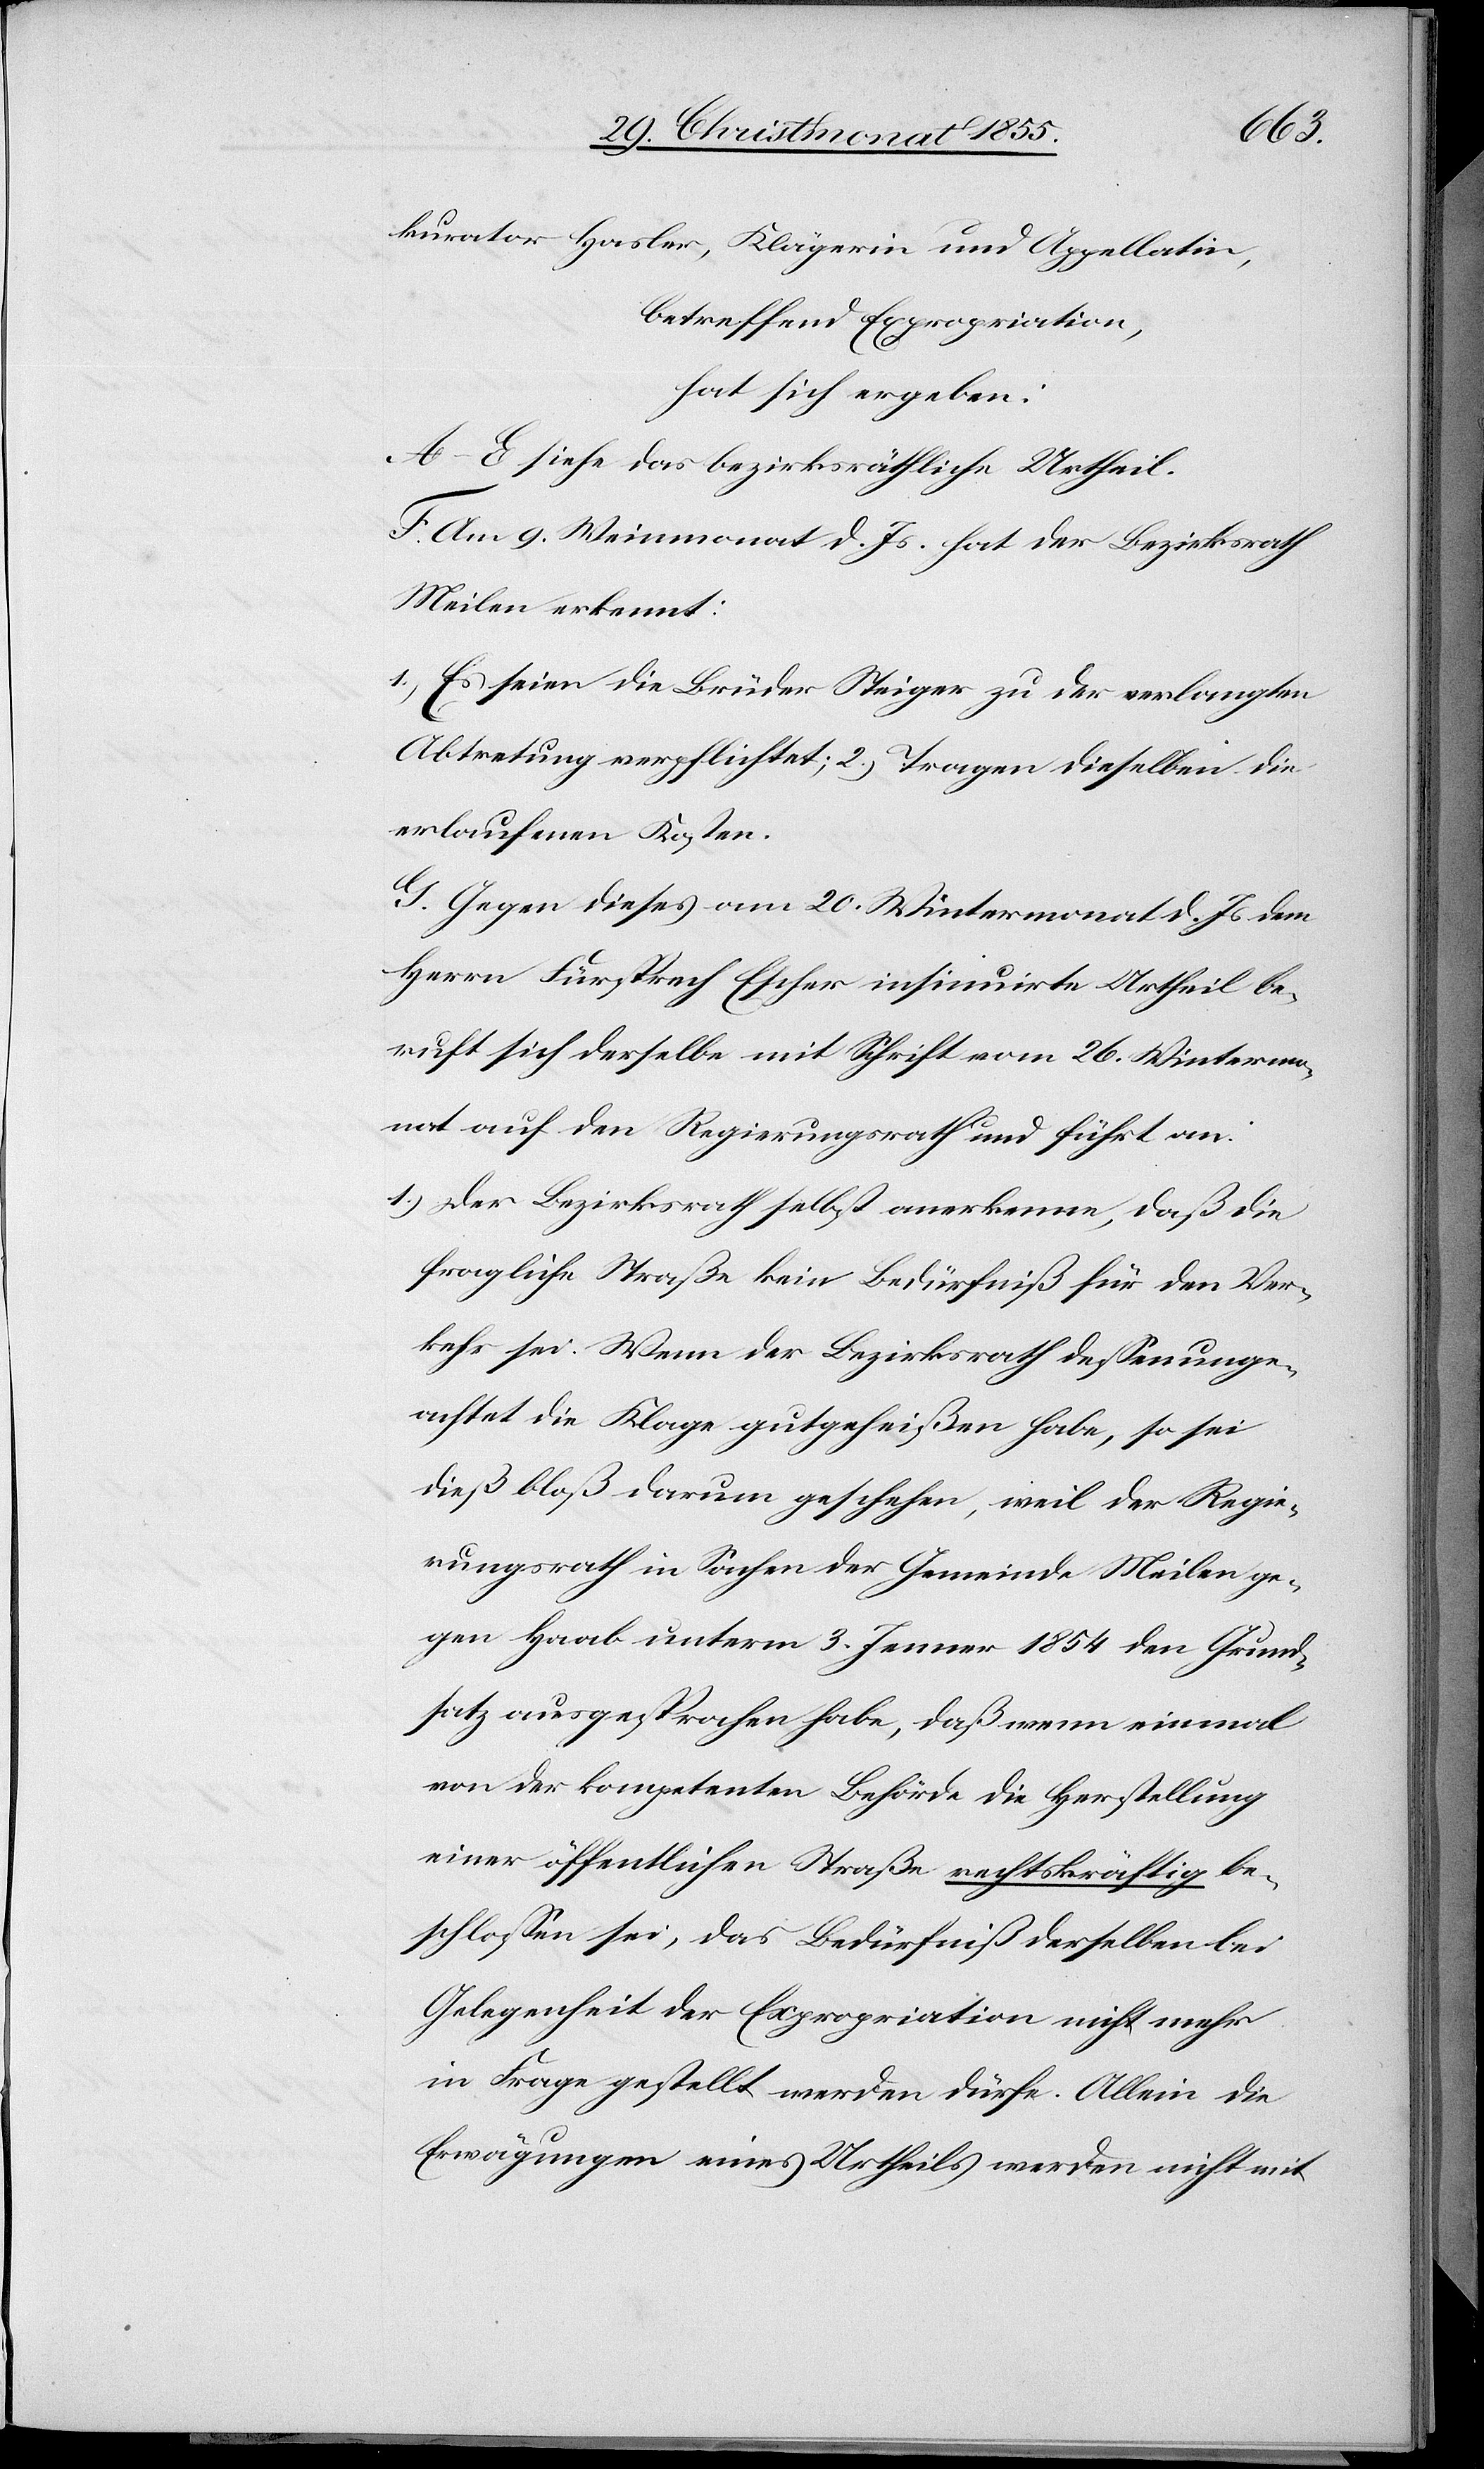
kurator Hasler, Klägerin und Appellatin,
betreffend Expropriation,
hat sich ergeben:
A–E siehe das bezirksräthliche Urtheil.
F. Am 9. Weinmonat d. Js. hat der Bezirksrath
Meilen erkennt:
1.) Es seien die Brüder Steiger zu der verlangten
Abtretung verpflichtet; 2.) Tragen dieselben die
erlaufenen Kosten.
G. Gegen dieses am 20. Wintermonat d. Js dem
Herrn Fürsprech Escher insinuirte Urtheil be¬
ruft sich derselbe mit Schrift vom 26. Wintermo¬
nat auf den Regierungsrath und führt an:
Der Bezirksrath selbst anerkennt, daß die
fragliche Straße kein Bedürfniß für den Ver¬
kehr sei. Wenn der Bezirksrath dessenunge¬
achtet die Klage gutgeheißen habe, so sei
dieß bloß darum geschehen, weil der Regie¬
rungsrath in Sachen der Gemeinde Meilen ge¬
gen Haab unterm 3. Jenner 1854 den Grund¬
satz ausgesprochen habe, daß wenn einmal
von der kompetenten Behörde die Herstellung
einer öffentlichen Straße rechtskräftig be¬
schlossen sei, das Bedürfniß derselben bei
Gelegenheit der Expropriation nicht mehr
in Frage gestellt werden dürfe. Allein die
Erwägungen eines Urtheils werden nicht mit